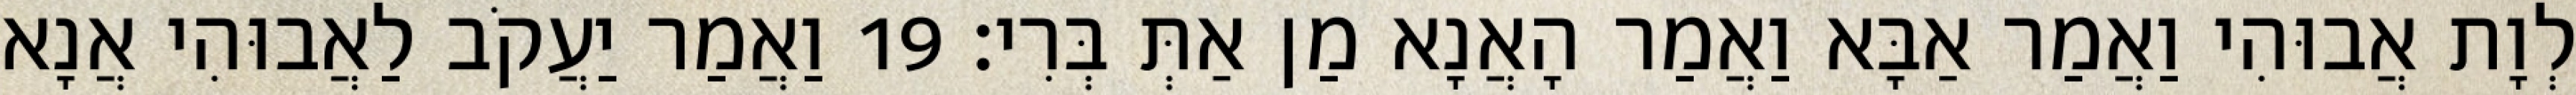
לְוָת אֲבוּהִי וַאֲמַר אַבָּא וַאֲמַר הָאֲנָא מַן אַתְּ בְּרִי׃ 19 וַאֲמַר יַעֲקֹב לַאֲבוּהִי אֲנָא